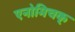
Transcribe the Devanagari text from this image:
एनोमिचक्